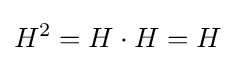
H^{2}=H\cdot H=H